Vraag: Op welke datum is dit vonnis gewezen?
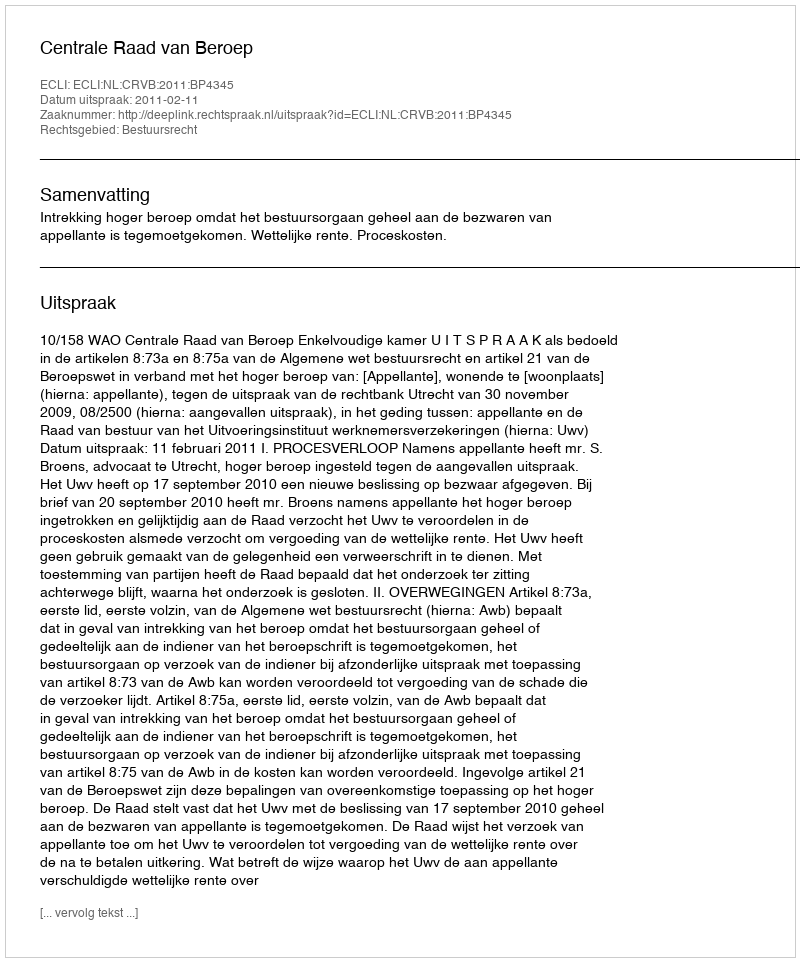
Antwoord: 2011-02-11